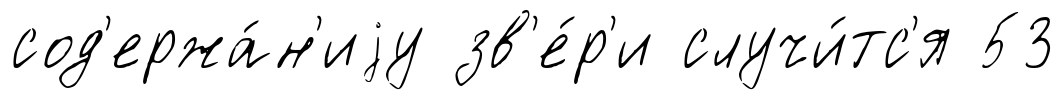
сод'ержа́н'иjу зв'е́р'и случи́тс'я 53